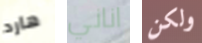
هارد اناني ولكن